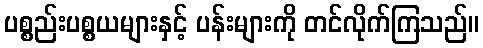
ပစ္စည်းပစ္စယများနှင့် ပန်းများကို တင်လိုက်ကြသည်။